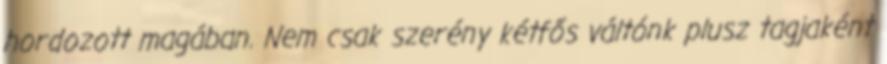
hordozott magában. Nem csak szerény kétfős váltónk plusz tagjaként